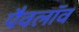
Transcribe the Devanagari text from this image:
पैवलॉव